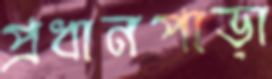
প্রধানপাড়া